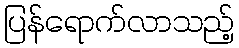
ပြန်ရောက်လာသည့်